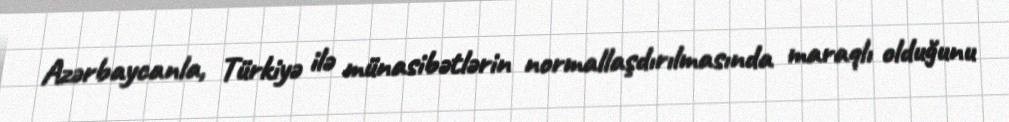
Azərbaycanla, Türkiyə ilə münasibətlərin normallaşdırılmasında maraqlı olduğunu